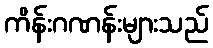
ကိန်းဂဏန်းများသည်